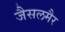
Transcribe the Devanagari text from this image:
जैसलमैर